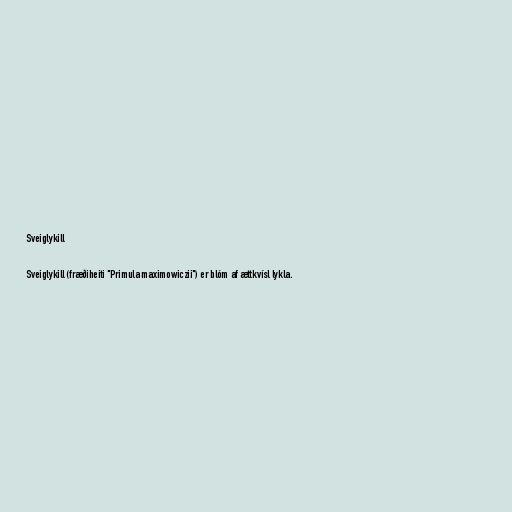
Sveiglykill

Sveiglykill (fræðiheiti "Primula maximowiczii") er blóm af ættkvísl lykla.